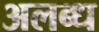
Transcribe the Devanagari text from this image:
अलब्ध